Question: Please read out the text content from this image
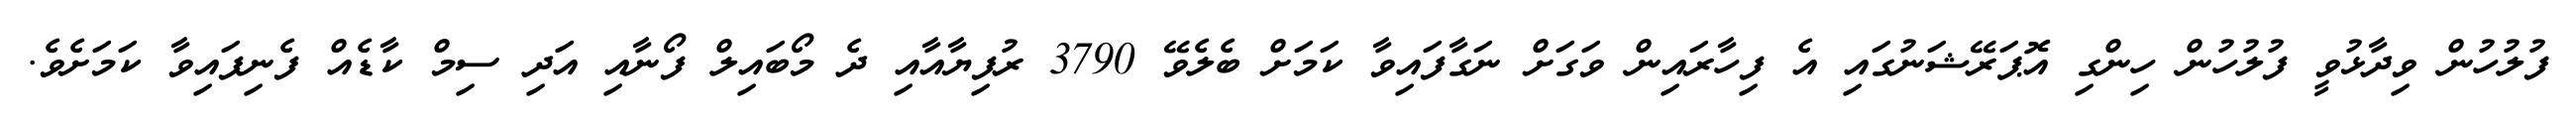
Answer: ފުލުހުން ވިދާޅުވީ ފުލުހުން ހިންގި އޮޕަރޭޝަނުގައި އެ ފިހާރައިން ވަގަށް ނަގާފައިވާ ކަމަށް ބެލެވޭ 3790 ރުފިޔާއާއި ދެ މޯބައިލް ފޯނާއި އަދި ސިމް ކާޑެއް ފެނިފައިވާ ކަމަށެވެ.